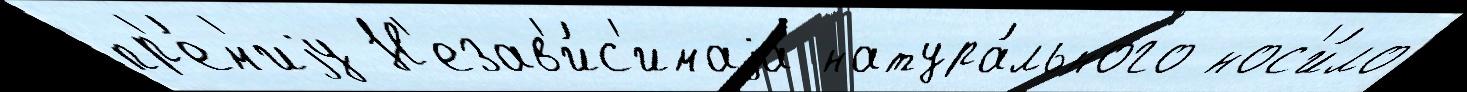
пр'е́м'иjу Н'езав'и́с'имаjа натура́льного нос'и́ло